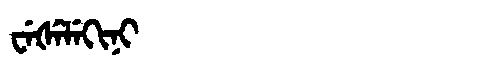
Manchu: ᠸᡝᡧᡝᠯᡝᡴᡳᠨᡳ
Romanization: WEŠELEKINI